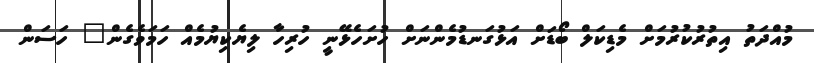
މުއްދަތު އިތުރުކުރުމަށް މެޑިކަލް ބޯޑަށް އަޅުގަނޑުމެންނަށް ހުށަހެޅޭނީ ހުރިހާ ލިޔެކިޔުމެއް ހަމަވެގެން" ހަސަން